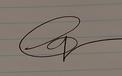
Signature authenticity: genuine